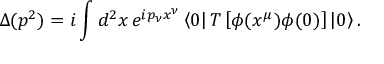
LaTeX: \Delta ( p ^ { 2 } ) = i \int d ^ { 2 } x \, e ^ { i p _ { \nu } x ^ { \nu } } \left\langle 0 \right| T \left[ \phi ( x ^ { \mu } ) \phi ( 0 ) \right] \left| 0 \right\rangle .